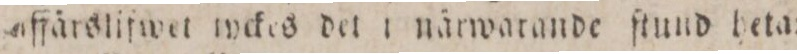
affärsliſwet tyckes del i närwarande ſtund heta: